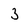
Character: 3